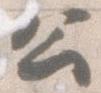
公